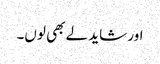
اور شاید لے بھی لوں۔